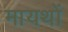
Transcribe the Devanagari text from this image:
मायथों